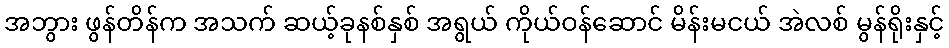
အဘွား ဖွန်တိန်က အသက် ဆယ့်ခုနစ်နှစ် အရွယ် ကိုယ်ဝန်ဆောင် မိန်းမငယ် အဲလစ် မွန်ရိုးနှင့်